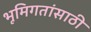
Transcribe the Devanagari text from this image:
भूमिगतांसाठी